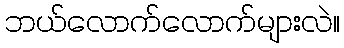
ဘယ်လောက်လောက်များလဲ။